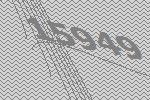
15949